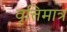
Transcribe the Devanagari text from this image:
वृत्तिमात्र